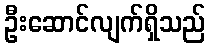
ဦးဆောင်လျက်ရှိသည်